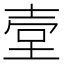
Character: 𡔪